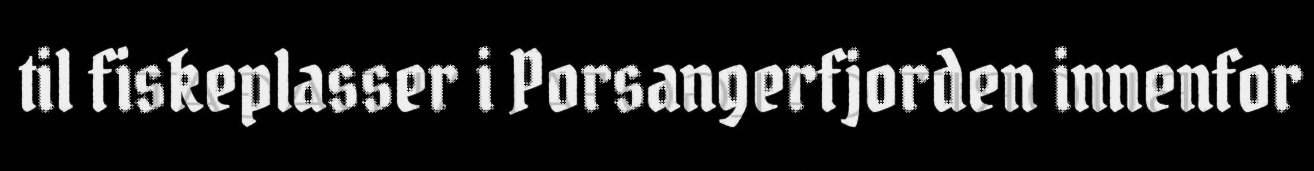
til fiskeplasser i Porsangerfjorden innenfor